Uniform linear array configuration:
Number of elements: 32
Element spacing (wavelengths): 0.5
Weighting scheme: kaiser
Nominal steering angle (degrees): -45
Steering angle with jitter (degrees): -46.054
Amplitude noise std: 0.05
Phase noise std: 0.05

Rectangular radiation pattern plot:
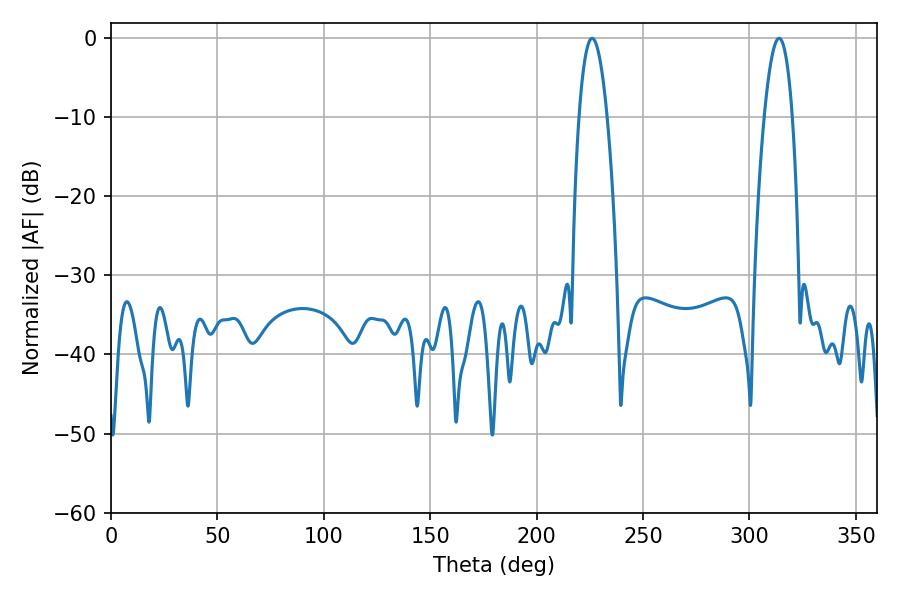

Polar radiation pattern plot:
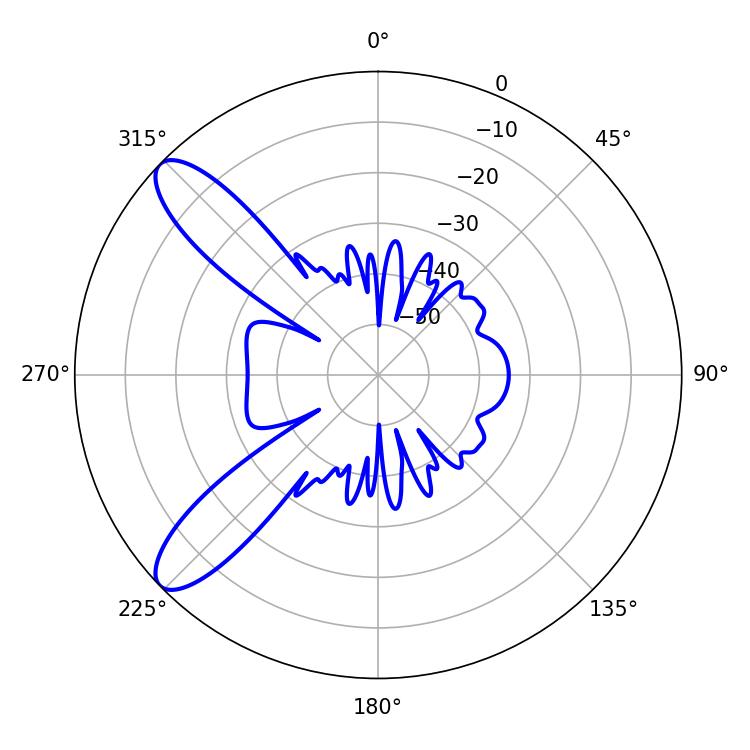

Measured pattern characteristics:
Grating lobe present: FALSE
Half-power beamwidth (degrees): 7.38
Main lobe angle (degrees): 226.08